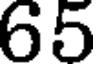
65